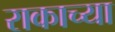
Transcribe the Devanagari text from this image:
राकाच्या